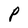
Character: P